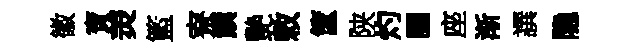
徽寶羙籃寮饌艷敕筐陕灼臞座渐譔隐